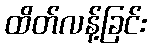
ထိတ်လန့်ခြင်း